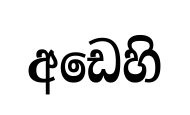
අඩෙහි